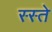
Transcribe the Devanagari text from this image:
स्स्ते